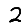
Digit: 2